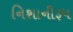
નિશાનીરૂપ